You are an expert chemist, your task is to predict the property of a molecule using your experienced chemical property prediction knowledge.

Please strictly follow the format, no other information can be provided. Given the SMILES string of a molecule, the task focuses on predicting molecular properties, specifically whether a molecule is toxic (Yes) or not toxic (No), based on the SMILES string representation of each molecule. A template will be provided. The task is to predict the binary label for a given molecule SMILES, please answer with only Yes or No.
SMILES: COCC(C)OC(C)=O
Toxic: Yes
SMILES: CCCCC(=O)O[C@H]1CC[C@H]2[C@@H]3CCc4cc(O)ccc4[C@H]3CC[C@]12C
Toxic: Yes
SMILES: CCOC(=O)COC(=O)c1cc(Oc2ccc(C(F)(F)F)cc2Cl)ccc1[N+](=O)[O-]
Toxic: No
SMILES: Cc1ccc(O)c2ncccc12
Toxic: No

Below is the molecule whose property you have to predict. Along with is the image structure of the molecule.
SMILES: CC(C)(C)NC[C@H](O)COc1ccccc1C1CCCC1.CC(C)(C)NC[C@H](O)COc1ccccc1C1CCCC1
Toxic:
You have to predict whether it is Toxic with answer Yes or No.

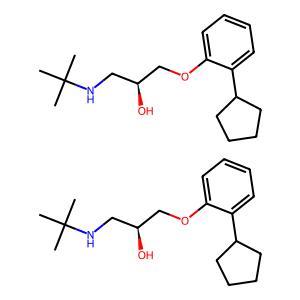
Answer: No